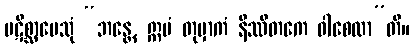
ပဋိစ္ဆာပေသုံ “ဘန္တေ, ဣမံ တုမှာကံ နိဿိတကေ ဝါစေထာ”တိ။